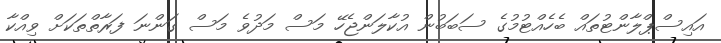
އައިސްޕްލާންޓުތައް ބެހެއްޓުމުގެ ސަބަބުން އުކާލަންޖެހޭ މަސް މަދުވެ މަސް ގަންނަ ފަރާތްތަކަށް ވިއްކާ